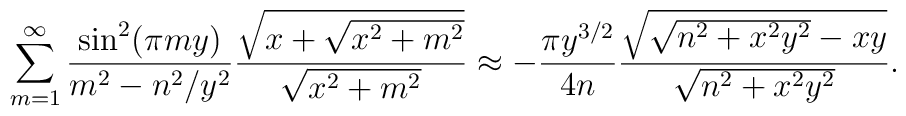
\sum_{m=1}^\infty \frac{ \sin^2(\pi m y) }{ m^2 - n^2/y^2}\frac{ \sqrt{x + \sqrt{x^2 + m^2}} }{ \sqrt{x^2 + m^2}}\approx - \frac{\pi y^{3/2} }{ 4  n} \frac{\sqrt{\sqrt{n^2 + x^2 y^2} - x y}}{ \sqrt{n^2 + x^2 y^2}}.